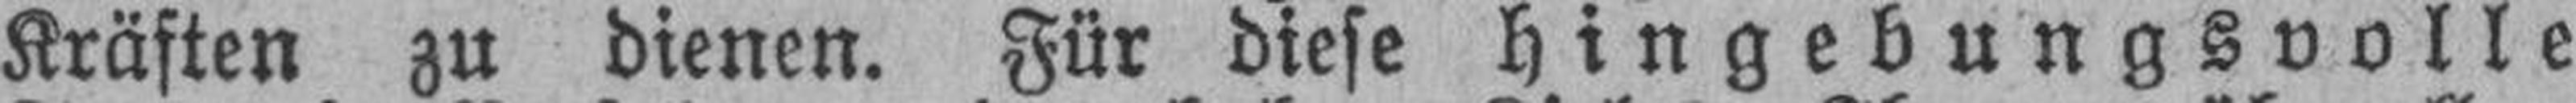
Kräften zu dienen. Für diese hingebungsvolle